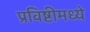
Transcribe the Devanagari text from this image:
प्रविष्टीमध्ये